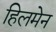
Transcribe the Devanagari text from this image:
हिलमेन